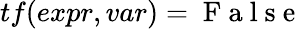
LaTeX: tf(expr,var)=\mathrm{~F~a~l~s~e~}